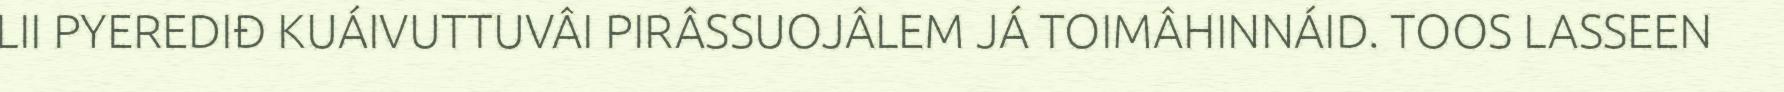
LII PYEREDIĐ KUÁIVUTTUVÂI PIRÂSSUOJÂLEM JÁ TOIMÂHINNÁID. TOOS LASSEEN